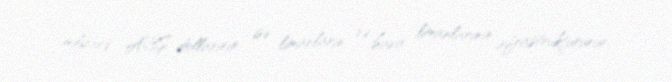
milyard ABŞ dollarının isə limanların və hava limanlarının infrastrukturunun